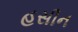
હસીન